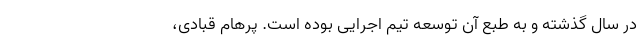
در سال گذشته و به طبع آن توسعه تیم اجرایی بوده است. پرهام قبادی،